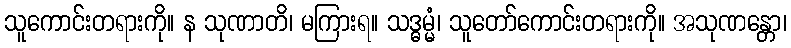
သူကောင်းတရားကို။ န သုဏာတိ၊ မကြားရ။ သဒ္ဓမ္မံ၊ သူတော်ကောင်းတရားကို။ အသုဏန္တော၊